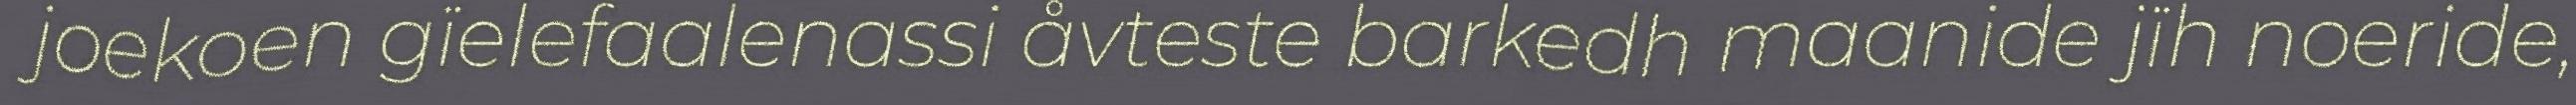
joekoen gïelefaalenassi åvteste barkedh maanide jïh noeride,